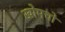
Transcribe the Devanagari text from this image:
खोमचों